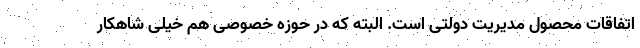
اتفاقات محصول مدیریت دولتی است. البته که در حوزه خصوصی هم خیلی شاهکار